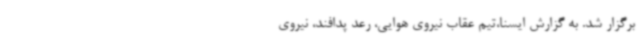
برگزار شد. به گزارش ایسنا،تیم عقاب نیروی هوایی، رعد پدافند، نیروی